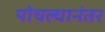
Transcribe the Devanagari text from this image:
पोचल्यानंतर